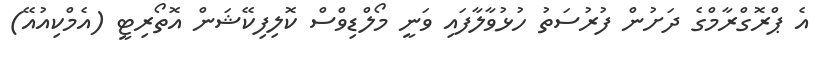
އެ ޕްރޮގްރާމްގެ ދަށުން ފުރުސަތު ހުޅުވާލާފައި ވަނީ މޯލްޑިވްސް ކޮލިފިކޭޝަން އޮތޯރިޓީ (އެމްކިއުއޭ)